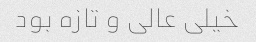
خیلی عالی و تازه بود